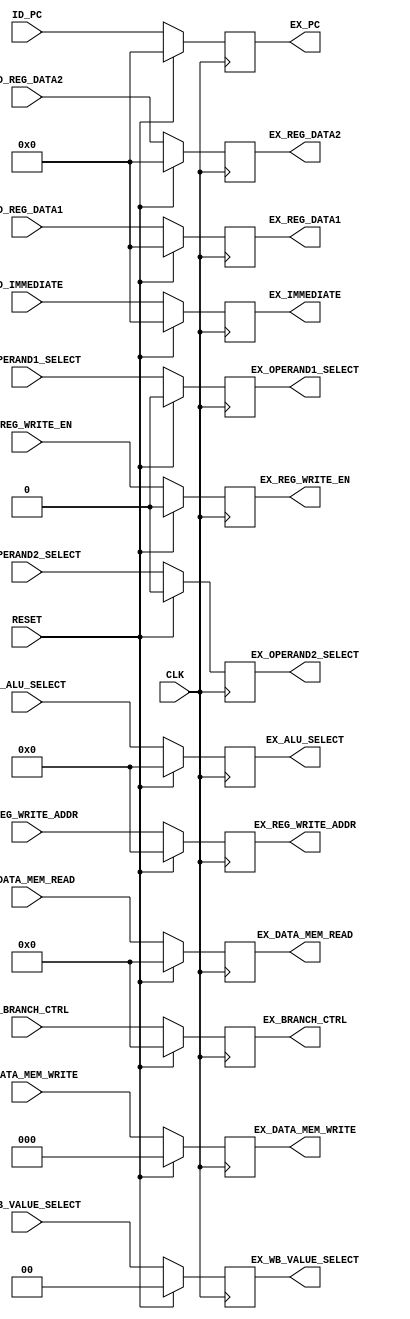
module ID_EX_pipeline (
   CLK, RESET, 

    ID_PC, ID_REG_DATA1, ID_REG_DATA2, ID_IMMEDIATE,
    ID_REG_WRITE_ADDR,
    ID_ALU_SELECT, ID_OPERAND1_SELECT, ID_OPERAND2_SELECT,
    ID_REG_WRITE_EN, ID_DATA_MEM_WRITE, ID_DATA_MEM_READ, 
    ID_BRANCH_CTRL, ID_WB_VALUE_SELECT,

    EX_PC, EX_REG_DATA1, EX_REG_DATA2, EX_IMMEDIATE,
    EX_REG_WRITE_ADDR,
    EX_ALU_SELECT, EX_OPERAND1_SELECT, EX_OPERAND2_SELECT,
    EX_REG_WRITE_EN, EX_DATA_MEM_WRITE, EX_DATA_MEM_READ,
    EX_BRANCH_CTRL, EX_WB_VALUE_SELECT
);

    input CLK, RESET;

    input [31:0] ID_PC, ID_REG_DATA1, ID_REG_DATA2, ID_IMMEDIATE;
    input [4:0] ID_REG_WRITE_ADDR;
    input ID_REG_WRITE_EN, ID_OPERAND1_SELECT, ID_OPERAND2_SELECT;
    input [4:0] ID_ALU_SELECT;
    input [3:0] ID_DATA_MEM_READ, ID_BRANCH_CTRL;
    input [2:0] ID_DATA_MEM_WRITE;
    input [1:0] ID_WB_VALUE_SELECT;

    output reg [31:0] EX_PC, EX_REG_DATA1, EX_REG_DATA2, EX_IMMEDIATE;
    output reg [4:0] EX_REG_WRITE_ADDR;
    output reg EX_REG_WRITE_EN, EX_OPERAND1_SELECT, EX_OPERAND2_SELECT;
    output reg [4:0] EX_ALU_SELECT;
    output reg [3:0] EX_DATA_MEM_READ, EX_BRANCH_CTRL;
    output reg [2:0] EX_DATA_MEM_WRITE;
    output reg [1:0] EX_WB_VALUE_SELECT;

    always @ (posedge CLK)
    begin
        if (RESET == 1'b1)
        begin
            EX_PC <= #0.1 32'd0;
            EX_REG_DATA1 <= #0.1 32'd0;
            EX_REG_DATA2 <= #0.1 32'd0;
            EX_IMMEDIATE <= #0.1 32'd0;
            EX_REG_WRITE_ADDR <= #0.1 4'd0;
            EX_ALU_SELECT <= #0.1 5'd0;
            EX_OPERAND1_SELECT <= #0.1 1'd0;
            EX_OPERAND2_SELECT <= #0.1 1'd0;
            EX_REG_WRITE_EN <= #0.1 1'd0;
            EX_DATA_MEM_WRITE <= #0.1 3'd0;
            EX_DATA_MEM_READ <= #0.1 4'd0;
            EX_BRANCH_CTRL <= #0.1 4'd0;
            EX_WB_VALUE_SELECT <= #0.1 2'd0;
        end
        else
        begin
            EX_PC <= #0.1 ID_PC;
            EX_REG_DATA1 <= #0.1 ID_REG_DATA1;
            EX_REG_DATA2 <= #0.1 ID_REG_DATA2;
            EX_IMMEDIATE <= #0.1 ID_IMMEDIATE;
            EX_REG_WRITE_ADDR <= #0.1 ID_REG_WRITE_ADDR;
            EX_ALU_SELECT <= #0.1 ID_ALU_SELECT;
            EX_OPERAND1_SELECT <= #0.1 ID_OPERAND1_SELECT;
            EX_OPERAND2_SELECT <= #0.1 ID_OPERAND2_SELECT;
            EX_REG_WRITE_EN <= #0.1 ID_REG_WRITE_EN;
            EX_DATA_MEM_WRITE <= #0.1 ID_DATA_MEM_WRITE;
            EX_DATA_MEM_READ <= #0.1 ID_DATA_MEM_READ;
            EX_BRANCH_CTRL <= #0.1 ID_BRANCH_CTRL;
            EX_WB_VALUE_SELECT <= #0.1 ID_WB_VALUE_SELECT;
        end
    end
    
endmodule